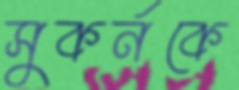
সুকর্নকে